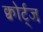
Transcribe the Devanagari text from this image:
क्वोर्ट्‌ज